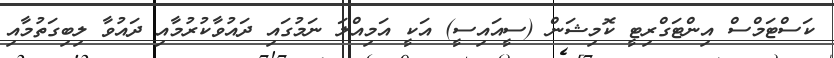
ކަސްޓަމްސް އިންޓަގްރިޓީ ކޮމިޝަން (ސީއައިސީ) އަކީ އަމިއްލަ ނަމުގައި ދައުވާކުރުމާއި ދައުވާ ލިބިގަތުމާއި